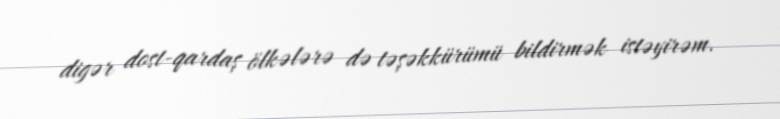
digər dost-qardaş ölkələrə də təşəkkürümü bildirmək istəyirəm.